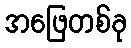
အဖြေတစ်ခု